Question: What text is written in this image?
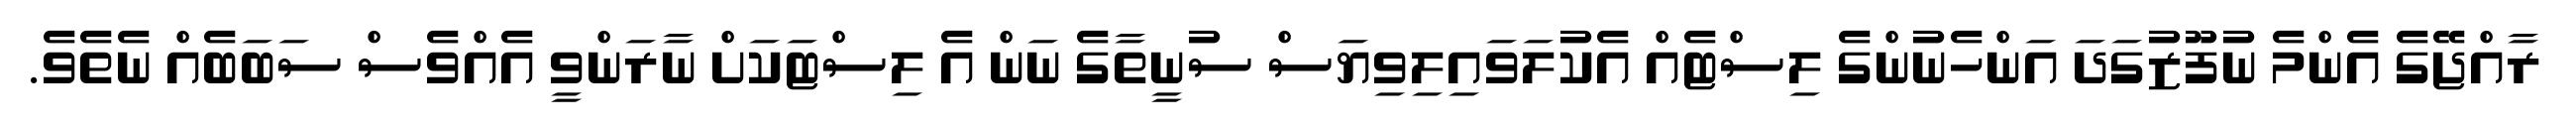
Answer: ރާއްޖޭގެ އެންމެ ނުފޫޒުގަދަ އަންހެނުންގެ ލިސްޓެއް އެކުލަވައިލިވިޔަސް ސުނީތާގެ ނަން އެ ލިސްޓަކަށް ނާރަންވީ އެއްވެސް ސަބަބެއް ނެތެވެ.